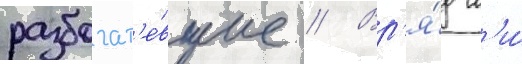
разбогат'е́вшие // Вр'я́д л'и́